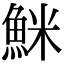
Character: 䱊